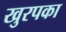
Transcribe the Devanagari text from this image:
खुरपका